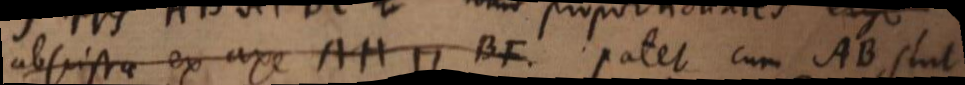
abscissae ex axe AH ⊓ BF. Patet cum AB sint